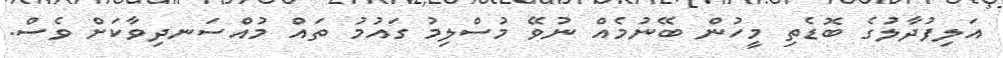
އަލިފުދާލުގެ ބޮޑެތި މީހުން ބޭނުމެއް ނުވޭ މުސްލިމު ގައުމު ތައް މުއްސަނދިވާކަށް ވެސް.